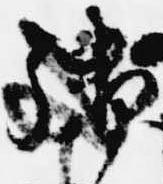
後